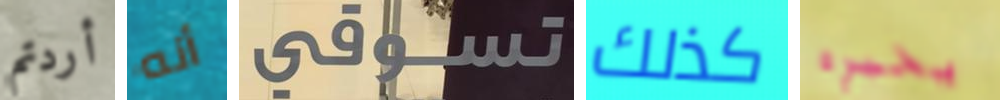
أردتم أنه تسوقي كذلك يخبره